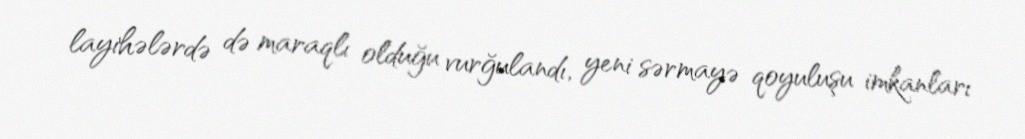
layihələrdə də maraqlı olduğu vurğulandı, yeni sərmayə qoyuluşu imkanları